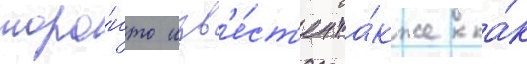
торо́нто изв'е́ст'ен та́кже ка́к